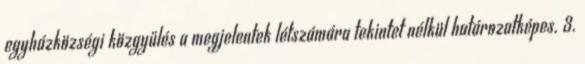
egyházközségi közgyűlés a megjelentek létszámára tekintet nélkül határozatképes. 3.